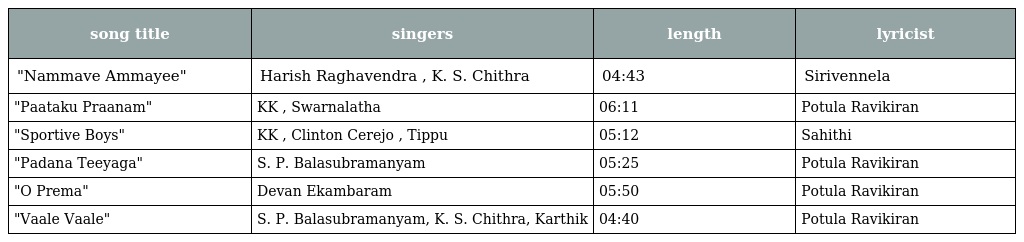
| song title | singers | length | lyricist |
 | --- | --- | --- | --- |
 | "Nammave Ammayee" | Harish Raghavendra , K. S. Chithra | 04:43 | Sirivennela |
 | "Paataku Praanam" | KK , Swarnalatha | 06:11 | Potula Ravikiran |
 | "Sportive Boys" | KK , Clinton Cerejo , Tippu | 05:12 | Sahithi |
 | "Padana Teeyaga" | S. P. Balasubramanyam | 05:25 | Potula Ravikiran |
 | "O Prema" | Devan Ekambaram | 05:50 | Potula Ravikiran |
 | "Vaale Vaale" | S. P. Balasubramanyam, K. S. Chithra, Karthik | 04:40 | Potula Ravikiran |